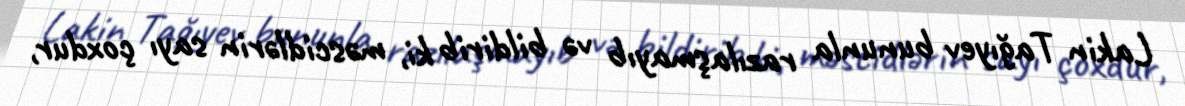
Lakin Tağıyev bununla razılaşmayıb və bildirib ki, məscidlərin sayı çoxdur,